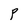
Character: P